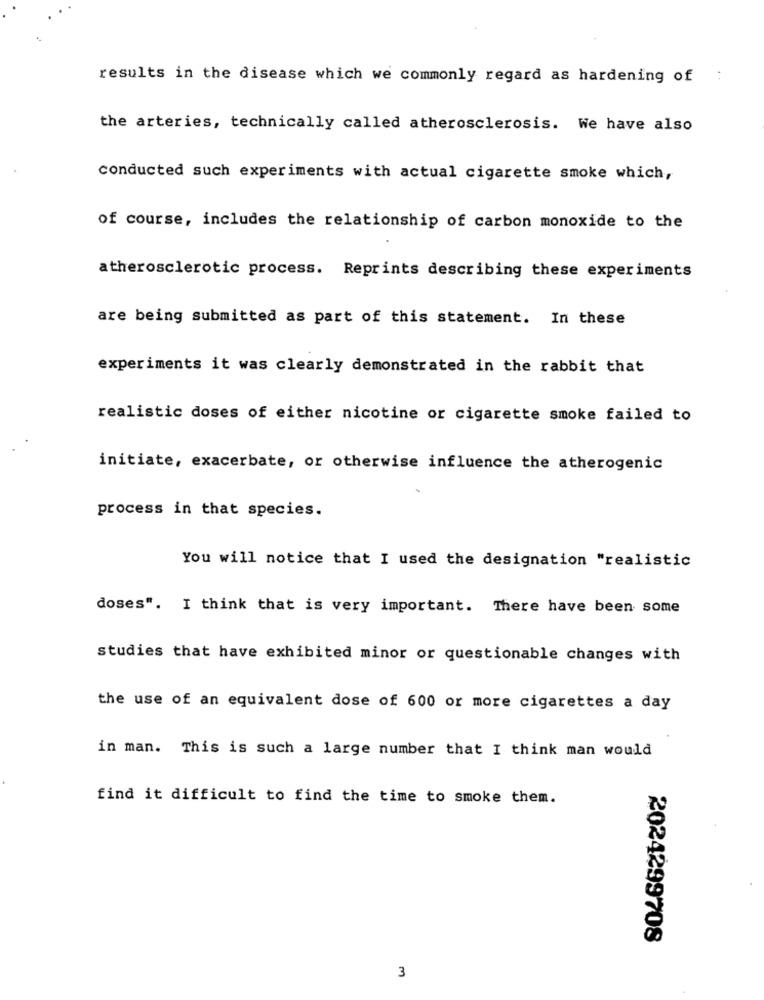
results in the disease which we commonly regard as hardening of :
the arteries, technically called atherosclerosis. We have also
conducted such experiments with actual cigarette smoke which,
of course, includes the relationship of carbon monoxide to the
atherosclerotic process. Reprints describing these experiments
are being submitted as part of this statement. In these
experiments it was clearly demonstrated in the rabbit that
realistic doses of either nicotine or cigarette smoke failed to
initiate, exacerbate, or otherwise influence the atherogenic
process in that species.
You will notice that I used the designation "realistic
doses". I think that is very important. There have been some
studies that have exhibited minor or questionable changes with
the use of an equivalent dose of 600 or more cigarettes a day
in man. This is such a large number that I think man would
find it difficult to find the time to smoke them.
2024299708
3